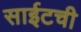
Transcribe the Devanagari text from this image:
साईटची